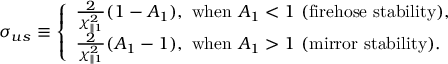
\sigma _ { u s } \equiv \left\{ \begin{array} { l } { \frac { 2 } { \chi _ { \parallel 1 } ^ { 2 } } ( 1 - A _ { 1 } ) , ~ \mathrm { w h e n } ~ A _ { 1 } < 1 ~ ( \mathrm { f i r e h o s e } ~ \mathrm { s t a b i l i t y } ) , } \\ { \frac { 2 } { \chi _ { \parallel 1 } ^ { 2 } } ( A _ { 1 } - 1 ) , ~ \mathrm { w h e n } ~ A _ { 1 } > 1 ~ ( \mathrm { m i r r o r } ~ \mathrm { s t a b i l i t y } ) . } \end{array} \right.